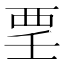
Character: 𲁉